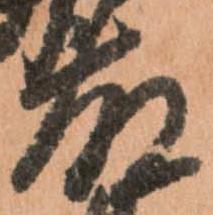
藤